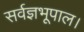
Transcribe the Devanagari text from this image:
सर्वज्ञभूपाल।